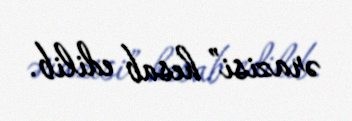
ərazisi” hesab edilib.